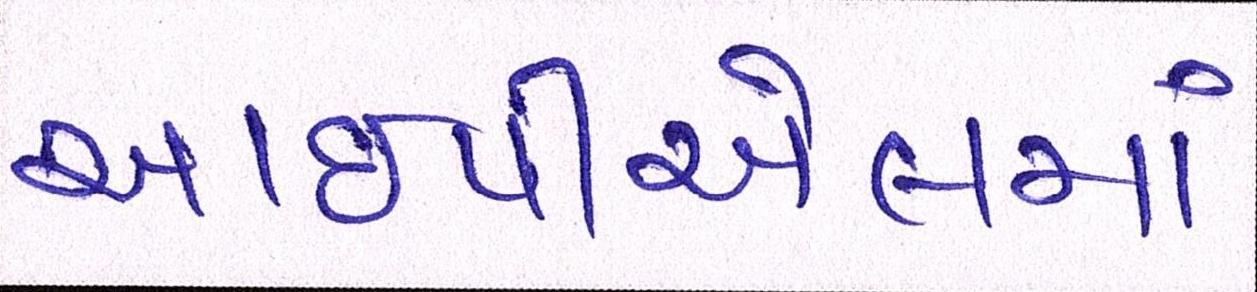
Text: આઇપીએલમાં